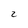
Character: 2